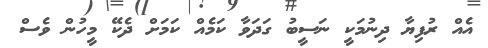
އެއް ރުފިޔާ ދިނުމަކީ ނަސީބު ގަދަވާ ކަމެއް ކަމަށް ދެކޭ މީހުން ވެސް